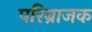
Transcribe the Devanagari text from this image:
परिब्राजक